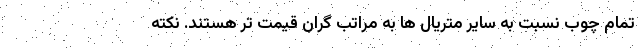
تمام چوب نسبت به سایر متریال ها به مراتب گران قیمت تر هستند. نکته